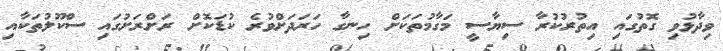
ވިދާޅުވި ގޮތުގައި އިތުރުކުރާ ސިޔާސީ މަގާމުތަކަށް ހިނގާ ހަރަދަށްވުރެ ކުޑަކޮށް ރަށްރަށުގައި ސްކޫލުތަކާއި